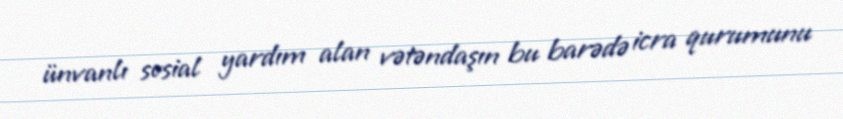
ünvanlı sosial yardım alan vətəndaşın bu barədə icra qurumunu